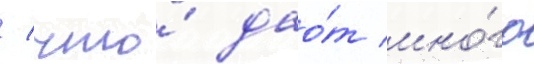
/ что́ дао́т мно́го